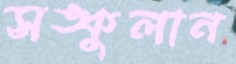
সঙ্কুলান